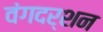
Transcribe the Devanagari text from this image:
वंगदर्शन